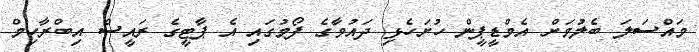
މައްސަލަ ބެލުމަށް އެމްޑީޕީން ހުށަހެޅި ދައުވާގެ ފޯމުގައި އެ ޕާޓީގެ ރައީސް އިބްރާހިމް